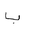
Letter: _ba